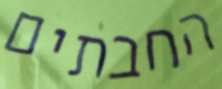
החבתים